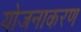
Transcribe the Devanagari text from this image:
योजनाकरण